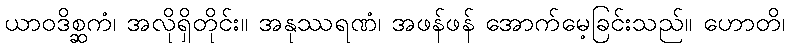
ယာဝဒိစ္ဆကံ၊ အလိုရှိတိုင်း။ အနုဿရဏံ၊ အဖန်ဖန် အောက်မေ့ခြင်းသည်။ ဟောတိ၊